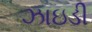
ઝાઇડી